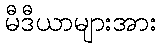
မီဒီယာများအား